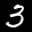
Label: 3